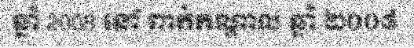
ឆ្នាំ 2008 នៅ ពាក់កណ្តាល ឆ្នាំ ២០០៨